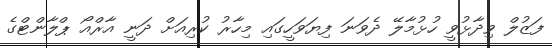
ފަޒުލް ވިދާޅުވީ ހުޅުމާލޭ ދެވަނަ ފިޔަވަހީގައި މިހާރު ކުރިއަށް ދަނީ އާރްއޯ ޕްލާންޓްގެ